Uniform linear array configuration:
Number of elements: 32
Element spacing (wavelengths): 0.75
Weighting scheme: blackman
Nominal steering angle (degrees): -15
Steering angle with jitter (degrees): -14.053
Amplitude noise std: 0.05
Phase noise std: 0.05

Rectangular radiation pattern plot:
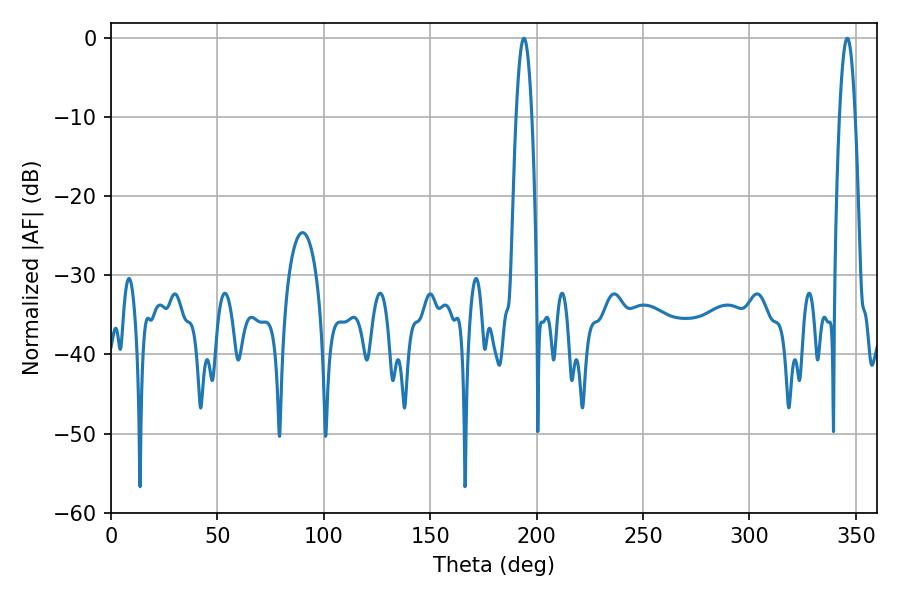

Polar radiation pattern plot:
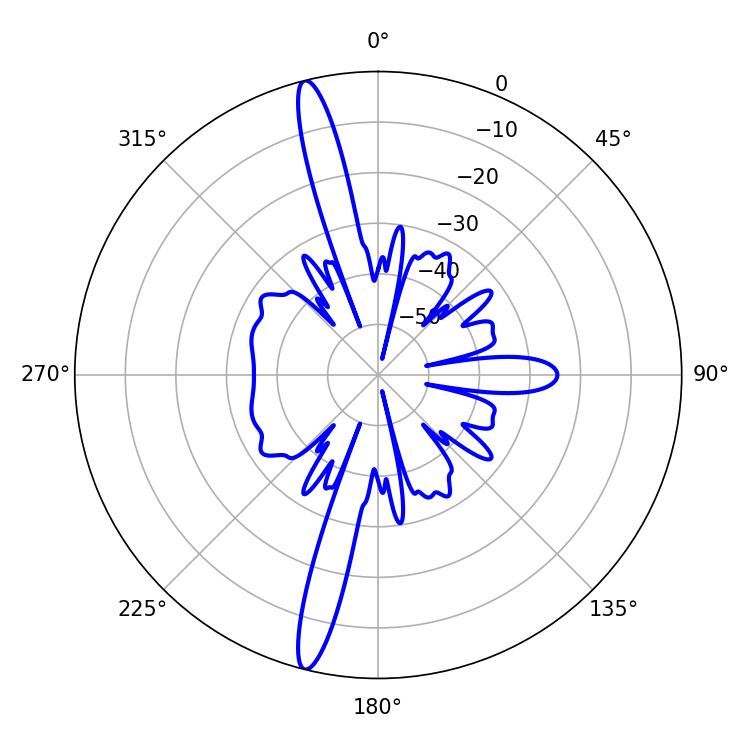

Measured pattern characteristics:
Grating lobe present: TRUE
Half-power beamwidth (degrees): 3.96
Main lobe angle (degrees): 194.04